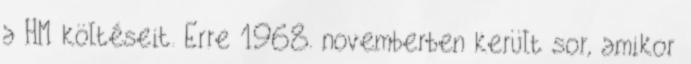
a HM költéseit. Erre 1968. novemberben került sor, amikor